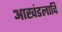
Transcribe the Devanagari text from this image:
आखंडलादि